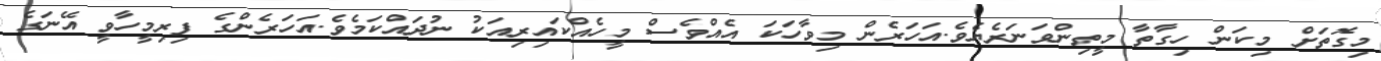
މިގޮތަށް މިކަން ހިގާތާ މީތިންވަނަރެޔެވެ.އަހަރެން މިވާހަކަ އެއްވެސް މީހެއްކައިރިއަކު ނުދައްކަމެވެ.އަހަރެންގެ ފިރިމީހާވީ އޭނަގެ